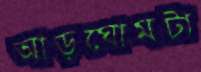
আড়ঘোমটা